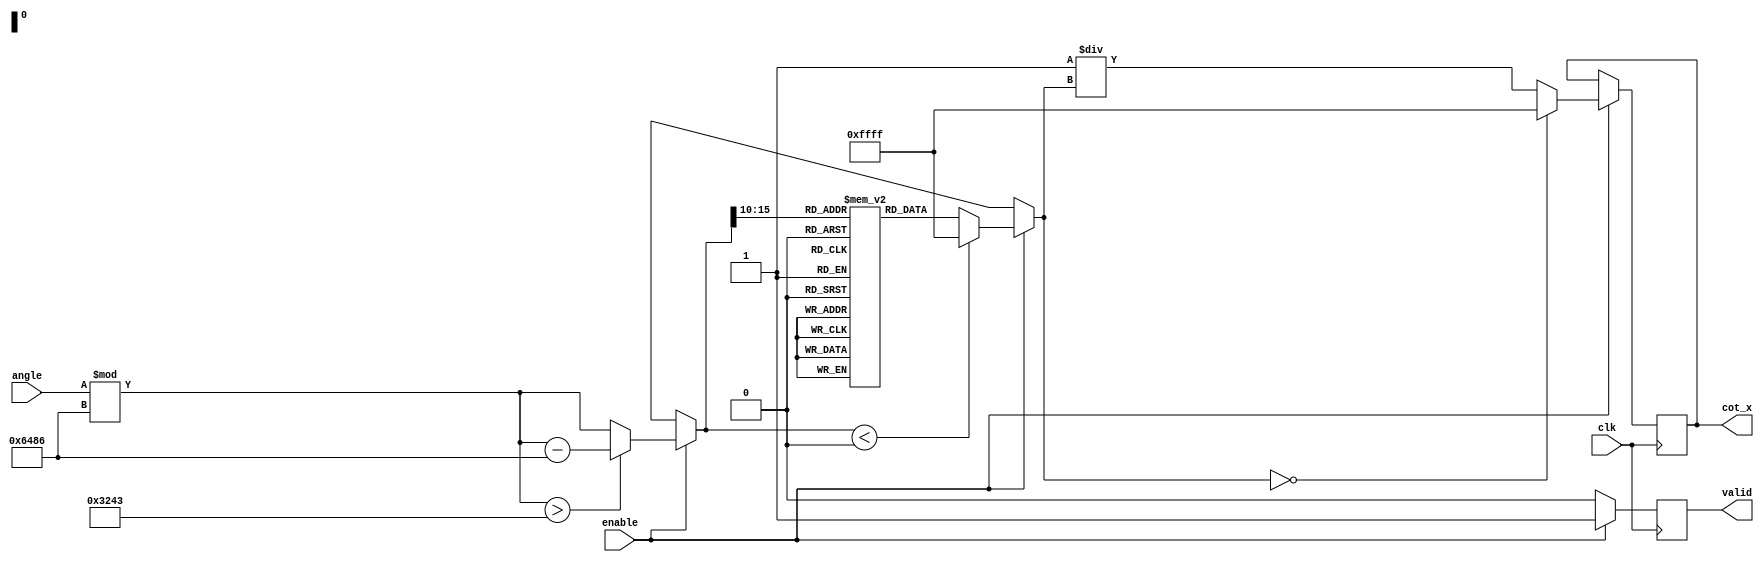
module cotangent (
    input wire [15:0] angle, // Input angle in radians (fixed-point representation)
    input wire clk,
    input wire enable,
    output reg [15:0] cot_x, // Output cotangent value (fixed-point representation)
    output reg valid // Output valid signal
);

    // Constants
    parameter PI = 16'h3243; // Approximation of  in fixed-point (16.16)
    parameter PI2 = 16'h6486; // Approximation of 2 in fixed-point (16.16)
    
    // Internal signals
    reg [15:0] tan_x;
    reg [15:0] tan_x_inv;
    reg [15:0] normalized_angle;

    // Tangent lookup table (simplified for demonstration)
    reg [15:0] tan_lookup [0:63]; // 64 entries for tan(x) lookup
    initial begin
        // Populate the lookup table with precomputed values of tan(x)
        // This is just an example; actual values should be computed or derived
        tan_lookup[0] = 16'h0000; // tan(0)
        tan_lookup[1] = 16'h0C90; // tan(/8)
        tan_lookup[2] = 16'h1C71; // tan(/4)
        // ... Fill in the rest of the table ...
        tan_lookup[63] = 16'hFFFF; // tan(/2, undefined)
    end

    // Normalize angle to [0, 2]
    always @(posedge clk) begin
        if (enable) begin
            normalized_angle = angle % PI2; // Normalize angle
            if (normalized_angle > PI) begin
                normalized_angle = normalized_angle - PI2; // Adjust for periodicity
            end
            
            // Lookup tangent value
            if (normalized_angle < 0) begin
                tan_x = 16'hFFFF; // Handle undefined tan(x)
            end else begin
                tan_x = tan_lookup[normalized_angle >> 10]; // Use upper bits for indexing
            end
            
            // Compute reciprocal of tangent
            if (tan_x == 16'h0000) begin
                cot_x = 16'hFFFF; // Return infinity or error code for cot(x) undefined
            end else begin
                tan_x_inv = 16'h0001 / tan_x; // Compute reciprocal
                cot_x = tan_x_inv; // Assign cotangent value
            end
            
            valid = 1'b1; // Indicate valid output
        end else begin
            valid = 1'b0; // Reset valid signal
        end
    end

endmodule